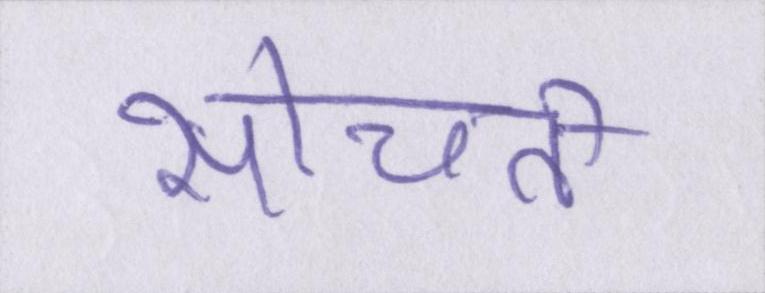
सोचती